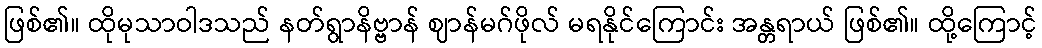
ဖြစ်၏။ ထိုမုသာဝါဒသည် နတ်ရွာနိဗ္ဗာန် ဈာန်မဂ်ဖိုလ် မရနိုင်ကြောင်း အန္တရာယ် ဖြစ်၏။ ထို့ကြောင့်